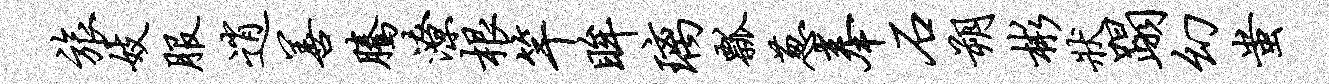
旅妓服逍善腾潦根竿眸璃瓢葱奉石朔彬状蹋幻蚩